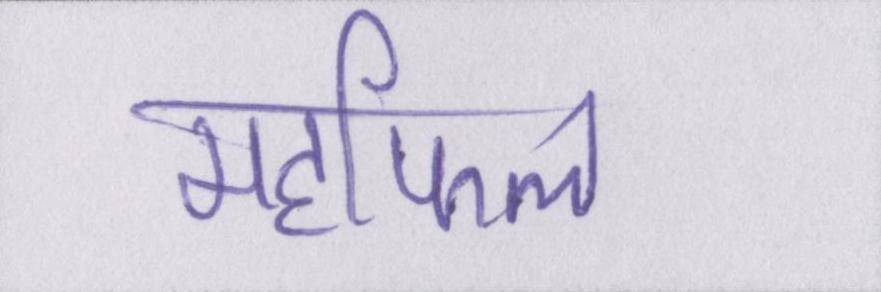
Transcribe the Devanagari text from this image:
महफिल